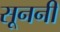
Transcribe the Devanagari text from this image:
सूननी